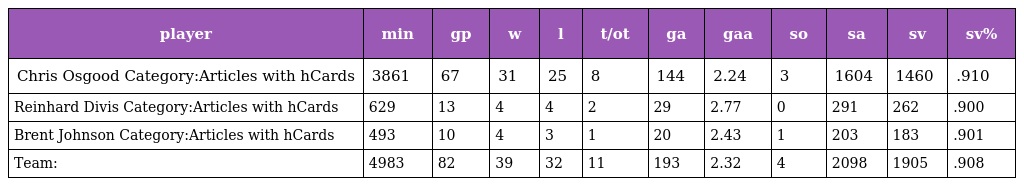
| player | min | gp | w | l | t/ot | ga | gaa | so | sa | sv | sv% |
 | --- | --- | --- | --- | --- | --- | --- | --- | --- | --- | --- | --- |
 | Chris Osgood Category:Articles with hCards | 3861 | 67 | 31 | 25 | 8 | 144 | 2.24 | 3 | 1604 | 1460 | .910 |
 | Reinhard Divis Category:Articles with hCards | 629 | 13 | 4 | 4 | 2 | 29 | 2.77 | 0 | 291 | 262 | .900 |
 | Brent Johnson Category:Articles with hCards | 493 | 10 | 4 | 3 | 1 | 20 | 2.43 | 1 | 203 | 183 | .901 |
 | Team: | 4983 | 82 | 39 | 32 | 11 | 193 | 2.32 | 4 | 2098 | 1905 | .908 |